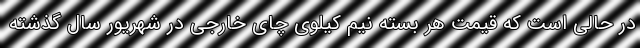
در حالی است که قیمت هر بسته نیم کیلوی چای خارجی در شهریور سال گذشته